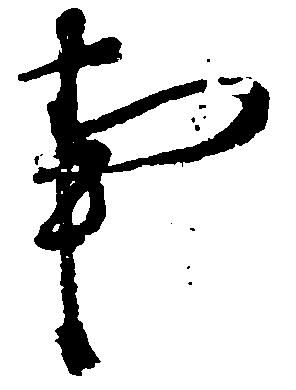
事